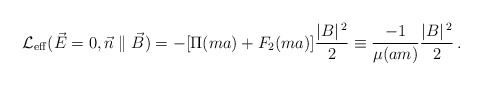
\begin{align*}{\cal L}_{\rm eff}(\vec E=0, \vec n \parallel \vec B) = -[\Pi(ma)+F_2(ma)]\frac{ \vert B\vert^{\,2}}{2} \equiv \frac{-1}{\mu(am)}\frac{ \vert B\vert^{\,2}}{2}\,.\end{align*}